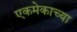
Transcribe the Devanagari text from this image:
एकमेकाच्या